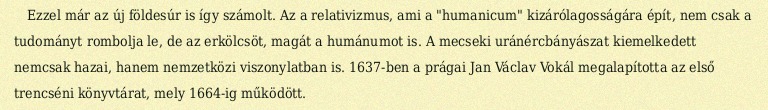
Ezzel már az új földesúr is így számolt. Az a relativizmus, ami a "humanicum" kizárólagosságára épít, nem csak a tudományt rombolja le, de az erkölcsöt, magát a humánumot is. A mecseki uránércbányászat kiemelkedett nemcsak hazai, hanem nemzetközi viszonylatban is. 1637-ben a prágai Jan Václav Vokál megalapította az első trencséni könyvtárat, mely 1664-ig működött.